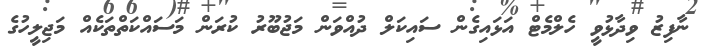
ނާފިޒު ވިދާޅުވީ ހެލްމެޓް އަޅައިގެން ސައިކަލް ދުއްވަން މަޖުބޫރު ކުރަން މަސައްކަތްތަކެއް މަޖިލީހުގެ